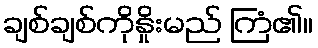
ချစ်ချစ်ကိုနှိုးမည် ကြံ၏။